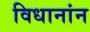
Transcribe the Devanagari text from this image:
विधानांन